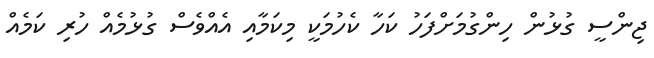
ޖިންސީ ގުޅުން ހިންގުމަށްފަހު ކަހާ ކެހުމަކީ މިކަމާއި އެއްވެސް ގުޅުމެއް ހުރި ކަމެއް